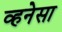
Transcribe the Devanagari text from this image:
व्हनेसा